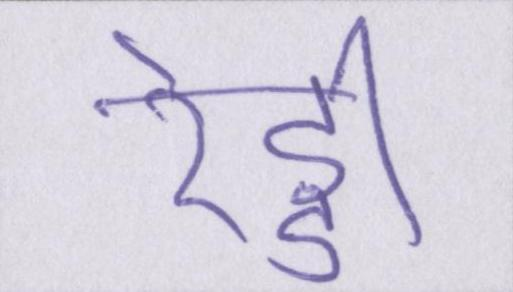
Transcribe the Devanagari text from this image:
रेड्डी